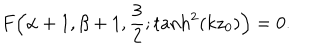
LaTeX: F \Bigl ( \alpha + 1 , \beta + 1 , \frac { 3 } { 2 } ; \tanh ^ { 2 } ( k z _ { 0 } ) \Bigr ) = 0 .